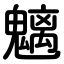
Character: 魑